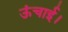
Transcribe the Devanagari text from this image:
ऊंचाई।